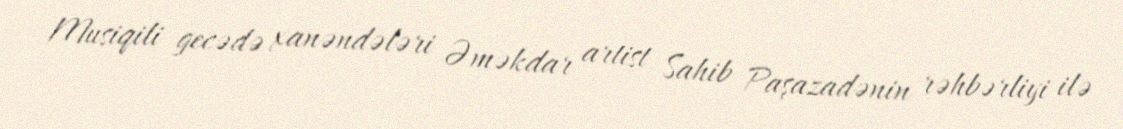
Musiqili gecədə xanəndələri Əməkdar artist Sahib Paşazadənin rəhbərliyi ilə